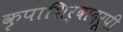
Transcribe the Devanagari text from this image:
कृपाशिर्वादरूपी